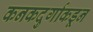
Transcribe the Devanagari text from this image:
कनकदुर्गाकडून